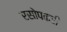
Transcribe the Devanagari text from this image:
रसोपकरी